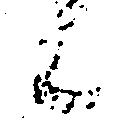
候